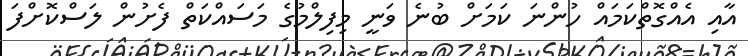
އާއި އެއްގޮތްކަމައް ހުންނަ ކަމަށް ބުނެ ވަނީ މިފިލްމުގެ މަސައްކަތް ފެށުން ލަސްކޮށްފަ